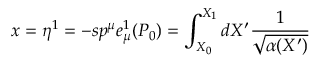
x = \eta ^ { 1 } = - s p ^ { \mu } e _ { \mu } ^ { 1 } ( P _ { 0 } ) = \int _ { X _ { 0 } } ^ { X _ { 1 } } d X ^ { \prime } \frac { 1 } { \sqrt { \alpha ( X ^ { \prime } ) } }